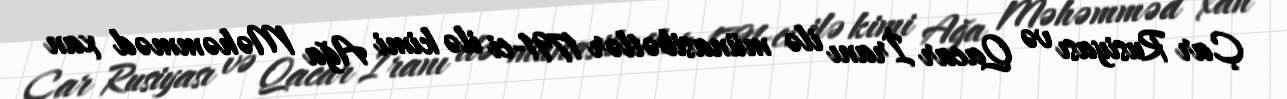
Çar Rusiyası və Qacar İranı ilə münasibətlər 1791-ci ilə kimi Ağa Məhəmməd xan